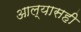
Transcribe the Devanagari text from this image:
आल्यासही